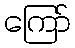
ကြော်